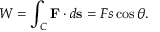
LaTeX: W = \int _ { C } \mathbf { F } \cdot d \mathbf { s } = F s \cos \theta .